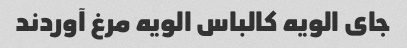
جای الویه کالباس الویه مرغ آوردند